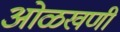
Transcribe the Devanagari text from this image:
ओळखणी